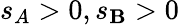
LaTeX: s_{A}>0,s_{\mathbf{B}}>0